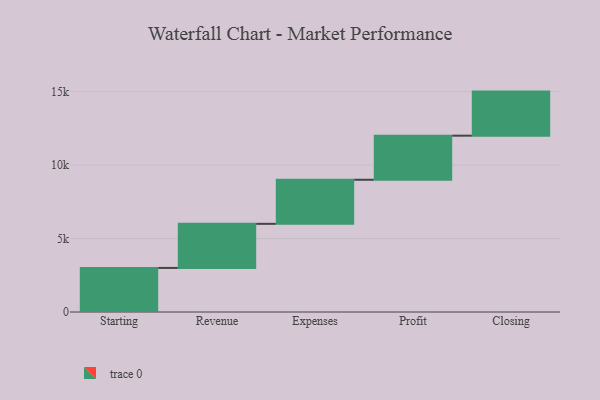
{"axis": {"x": "Step", "y": "Value"}, "legend": [""], "data": [{"x": "Starting", "y": 3000, "type": ""}, {"x": "Revenue", "y": 3000, "type": ""}, {"x": "Expenses", "y": 3000, "type": ""}, {"x": "Profit", "y": 3000, "type": ""}, {"x": "Closing", "y": 3000, "type": ""}]}